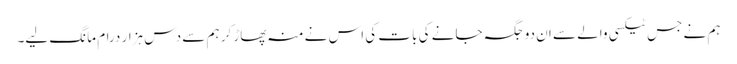
ہم نے جس ٹیکسی والے سے ان دو جگہ جانے کی بات کی اس نے منہ پھاڑ کر ہم سے دس ہزار درام مانگ لیے۔